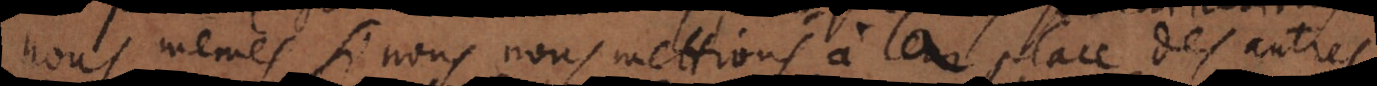
nous mêmes si nous nous mettions à la place des autres,